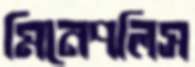
মিনেপলিস